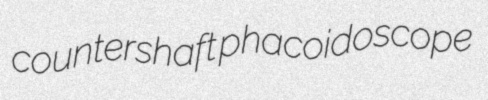
countershaft phacoidoscope